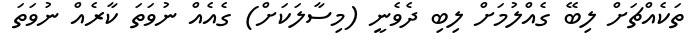
ތަކެއްޗަށް ލިބޭ ގެއްލުމަށް ލިބި ދެވެނީ (މިސާލަކަށް) ގެއެއް ނުވަތަ ކާރެއް ނުވަތަ